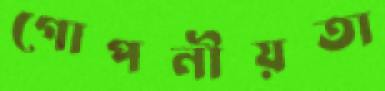
গোপনীয়তা